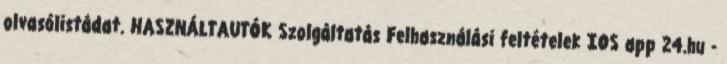
olvasólistádat. HASZNÁLTAUTÓK Szolgáltatás Felhasználási feltételek IOS app 24.hu -